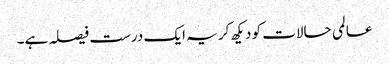
عالمی حالات کو دیکھ کر یہ ایک درست فیصلہ ہے۔